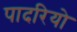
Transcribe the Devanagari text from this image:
पादरियो